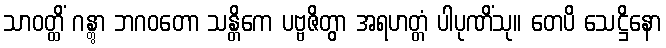
သာဝတ္ထိံ ဂန္တွာ ဘဂဝတော သန္တိကေ ပဗ္ဗဇိတွာ အရဟတ္တံ ပါပုဏိံသု။ တေပိ သေဋ္ဌိနော